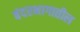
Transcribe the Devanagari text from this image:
बंदरभागातील